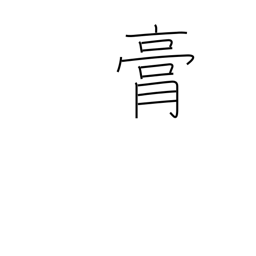
Meaning: fat